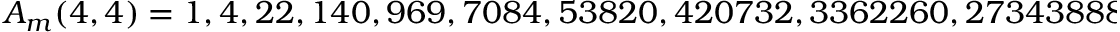
A _ { m } ( 4 , 4 ) = 1 , 4 , 2 2 , 1 4 0 , 9 6 9 , 7 0 8 4 , 5 3 8 2 0 , 4 2 0 7 3 2 , 3 3 6 2 2 6 0 , 2 7 3 4 3 8 8 8 , \ldots = A _ { m + 1 } ( 4 , 1 )